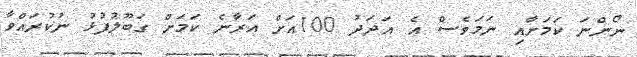
ނޯންނަ ކަމަށާއި ނަމަވެސް އެ އަދަދު 100އަށް އަރާނެ ކަމަށް ގަބޫލުފުޅު ނުކުރައްވާ